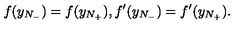
f ( y _ { N _ { - } } ) = f ( y _ { N _ { + } } ) , f ^ { \prime } ( y _ { N _ { - } } ) = f ^ { \prime } ( y _ { N _ { + } } ) .